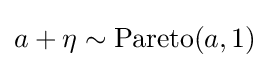
a+\eta \sim {\text{Pareto}}(a,1)